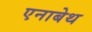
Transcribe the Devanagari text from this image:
एनाबेथ